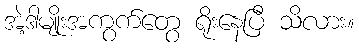
အဲ့ဒါမျိုးအကွက်တွေ ရိုးနေပြီ သိလား။